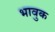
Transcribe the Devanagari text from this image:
भावुक